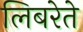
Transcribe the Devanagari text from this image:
लिबरेते